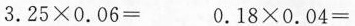
$$3 . 2 5 \times 0 . 0 6 =$$ $$0 . 1 8 \times 0 . 0 4 =$$